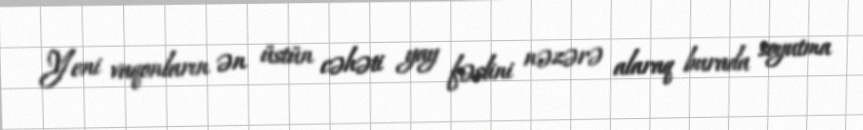
Yeni vaqonların ən üstün cəhəti yay fəslini nəzərə alaraq burada soyutma